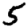
Digit: 5